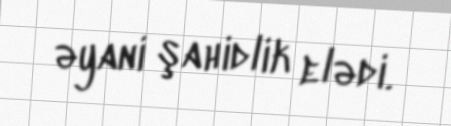
əyani şahidlik elədi.